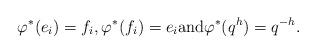
LaTeX: \begin{align*}\varphi^*(e_i) = f_i, \varphi^*(f_i) = e_i \mbox{and} \varphi^*(q^h) = q^{-h}.\end{align*}